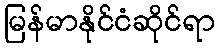
မြန်မာနိုင်ငံဆိုင်ရာ